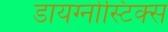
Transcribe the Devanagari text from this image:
डायग्‍नोस्टिक्‍स